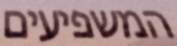
המשפיעים